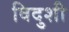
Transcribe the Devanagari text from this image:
विदुशी